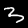
Digit: 3